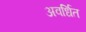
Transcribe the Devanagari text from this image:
अवर्धित